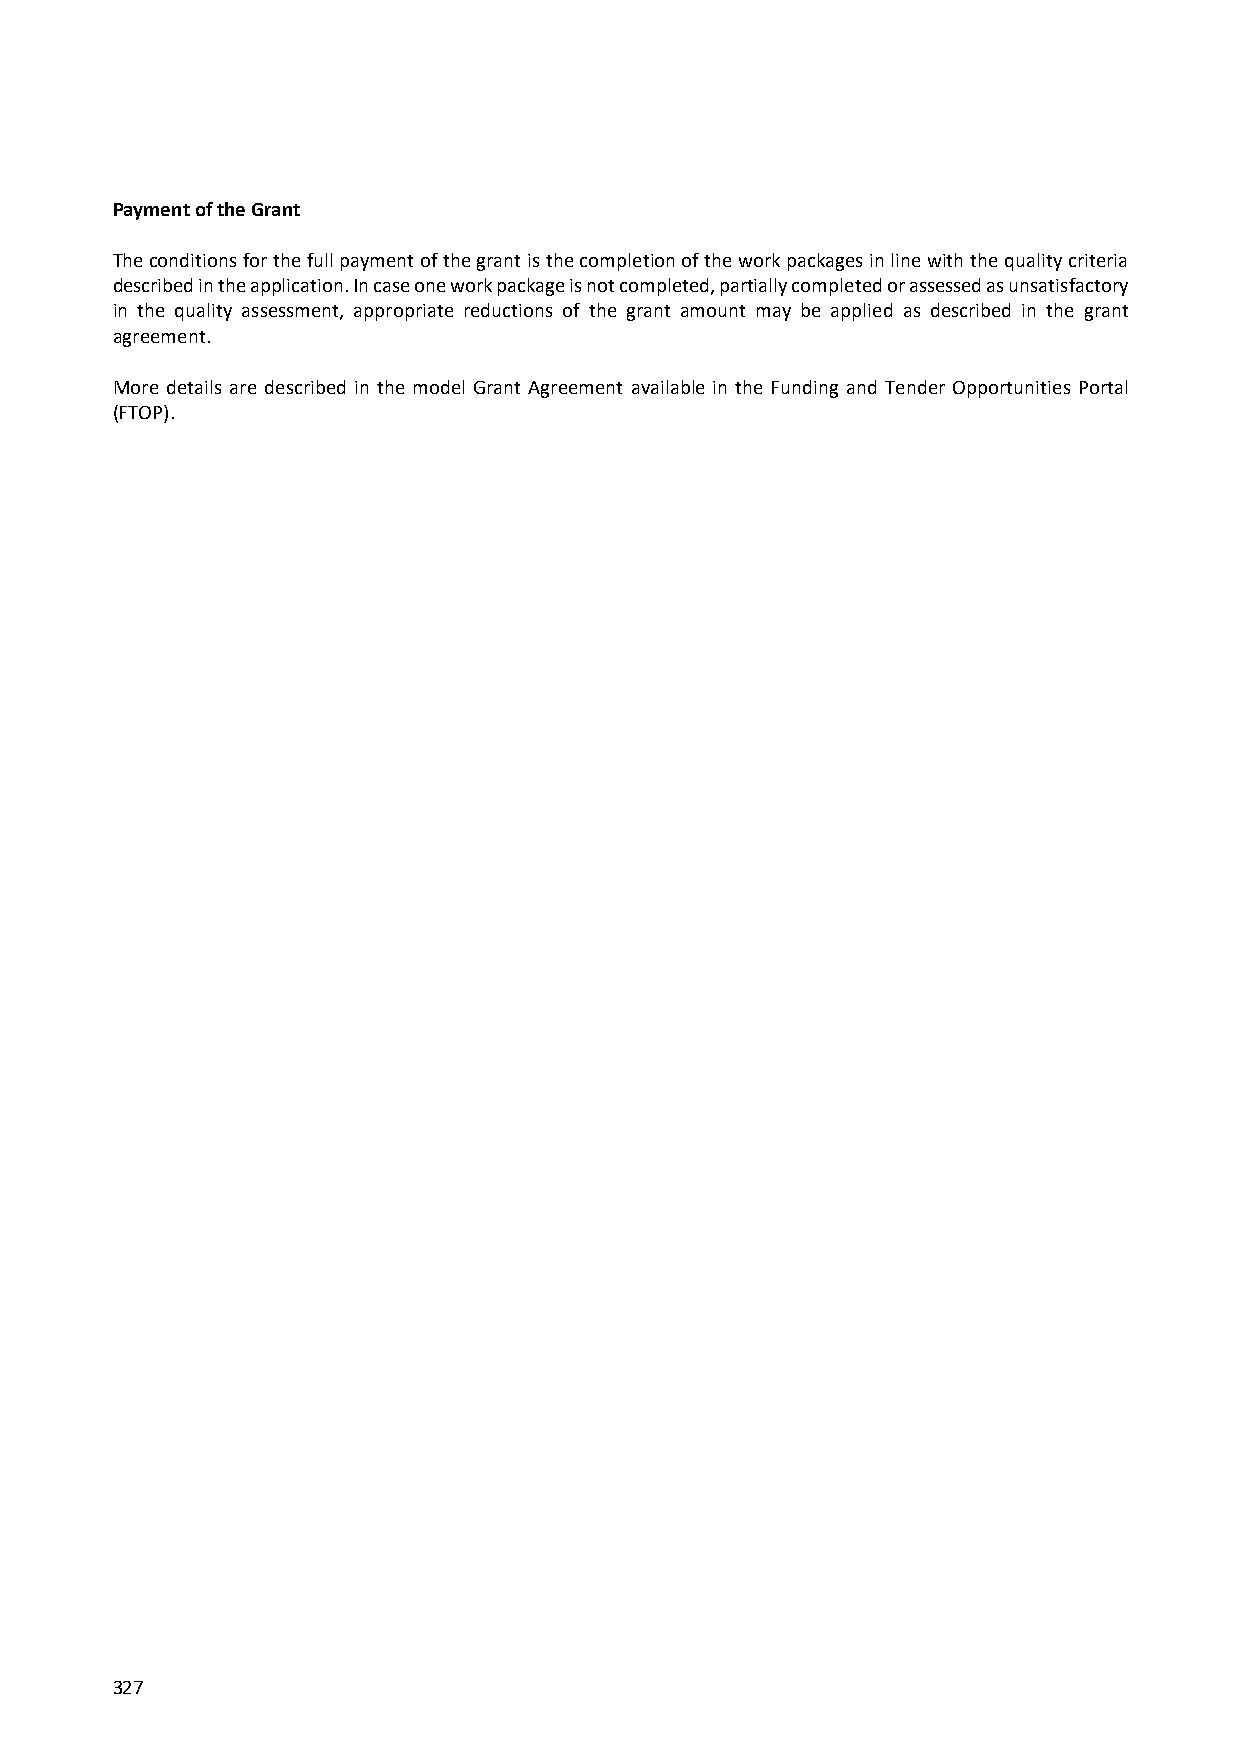
Payment of the Grant
 The conditions for the full payment of the grant is the completion of the work packages in line with the quality criteria
 described in the application. In case one work package is not completed, partially completed or assessed as unsatisfactory
 in the quality assessment, appropriate reductions of the grant amount may be applied as described in the grant
 agreement.
 More details are described in the model Grant Agreement available in the Funding and Tender Opportunities Portal
 (FTOP).
 327